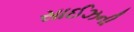
સાઈઝની